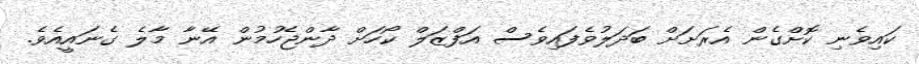
ކައިވެނި ކޮށްގެން އެރަށަށް ބަދަލުވެފައިވެސް އަފްޒަލް ކޯހަށް ދާންޖެހުމުން އޭނާ މާލެ ގެނައީއެވެ.